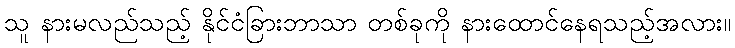
သူ နားမလည်သည့် နိုင်ငံခြားဘာသာ တစ်ခုကို နားထောင်နေရသည့်အလား။